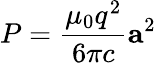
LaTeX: P={\frac{\mu_{0}q^{2}}{6\pi c}}\mathbf{a}^{2}